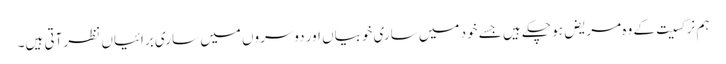
ہم نرگسیت کے وہ مریض ہو چکے ہیں جسے خود میں ساری خوبیاں اور دوسروں میں ساری برائیاں نظر آتی ہیں۔